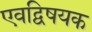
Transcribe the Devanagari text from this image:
एवद्विषयक